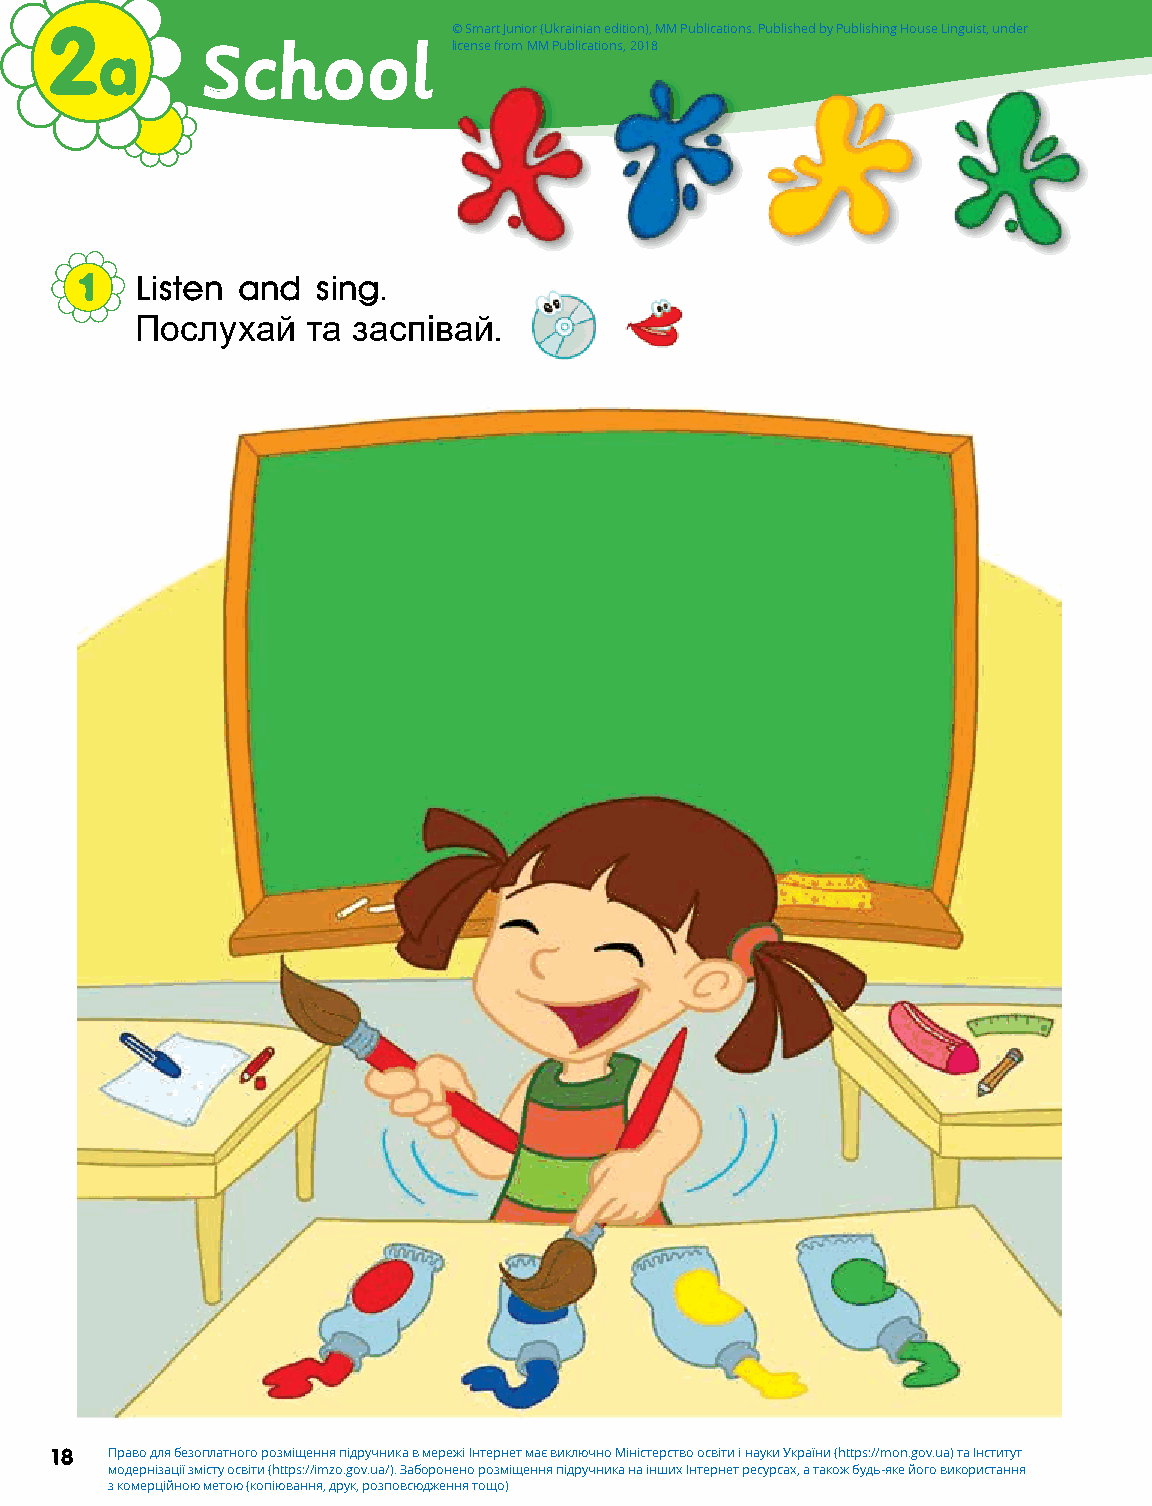
2                          © Smart Junior (Ukrainian edition), MM Publications. Published by Publishing House Linguist, under
 a     IS lcihkeo oalplpicense lfrome MM sPublications, 2018
 1   Listen and  sing.
 Послухай   та заспівай.
 18  Право для безоплатного розміщення підручника в мережі Інтернет має виключно Міністерство освіти і науки України (https://mon.gov.ua) та Інститут
 модернізації змісту освіти (https://imzo.gov.ua/). Заборонено розміщення підручника на інших Інтернет ресурсах, а також будь-яке його використання
 з комерційною метою (копіювання, друк, розповсюдження тощо)